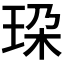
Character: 𰡼